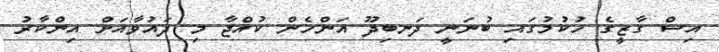
އިސް ގާޒީގެ ހުކުމުގައި ބުނަނީ ދަނބިދޫ އަންހެން ކުއްޖާ މި ދައުވާއަށް އިންކާރު